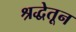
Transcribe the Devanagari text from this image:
श्रद्धेतून